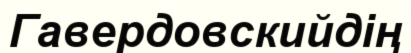
Гавердовскийдің